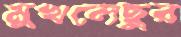
মুখলেছুর